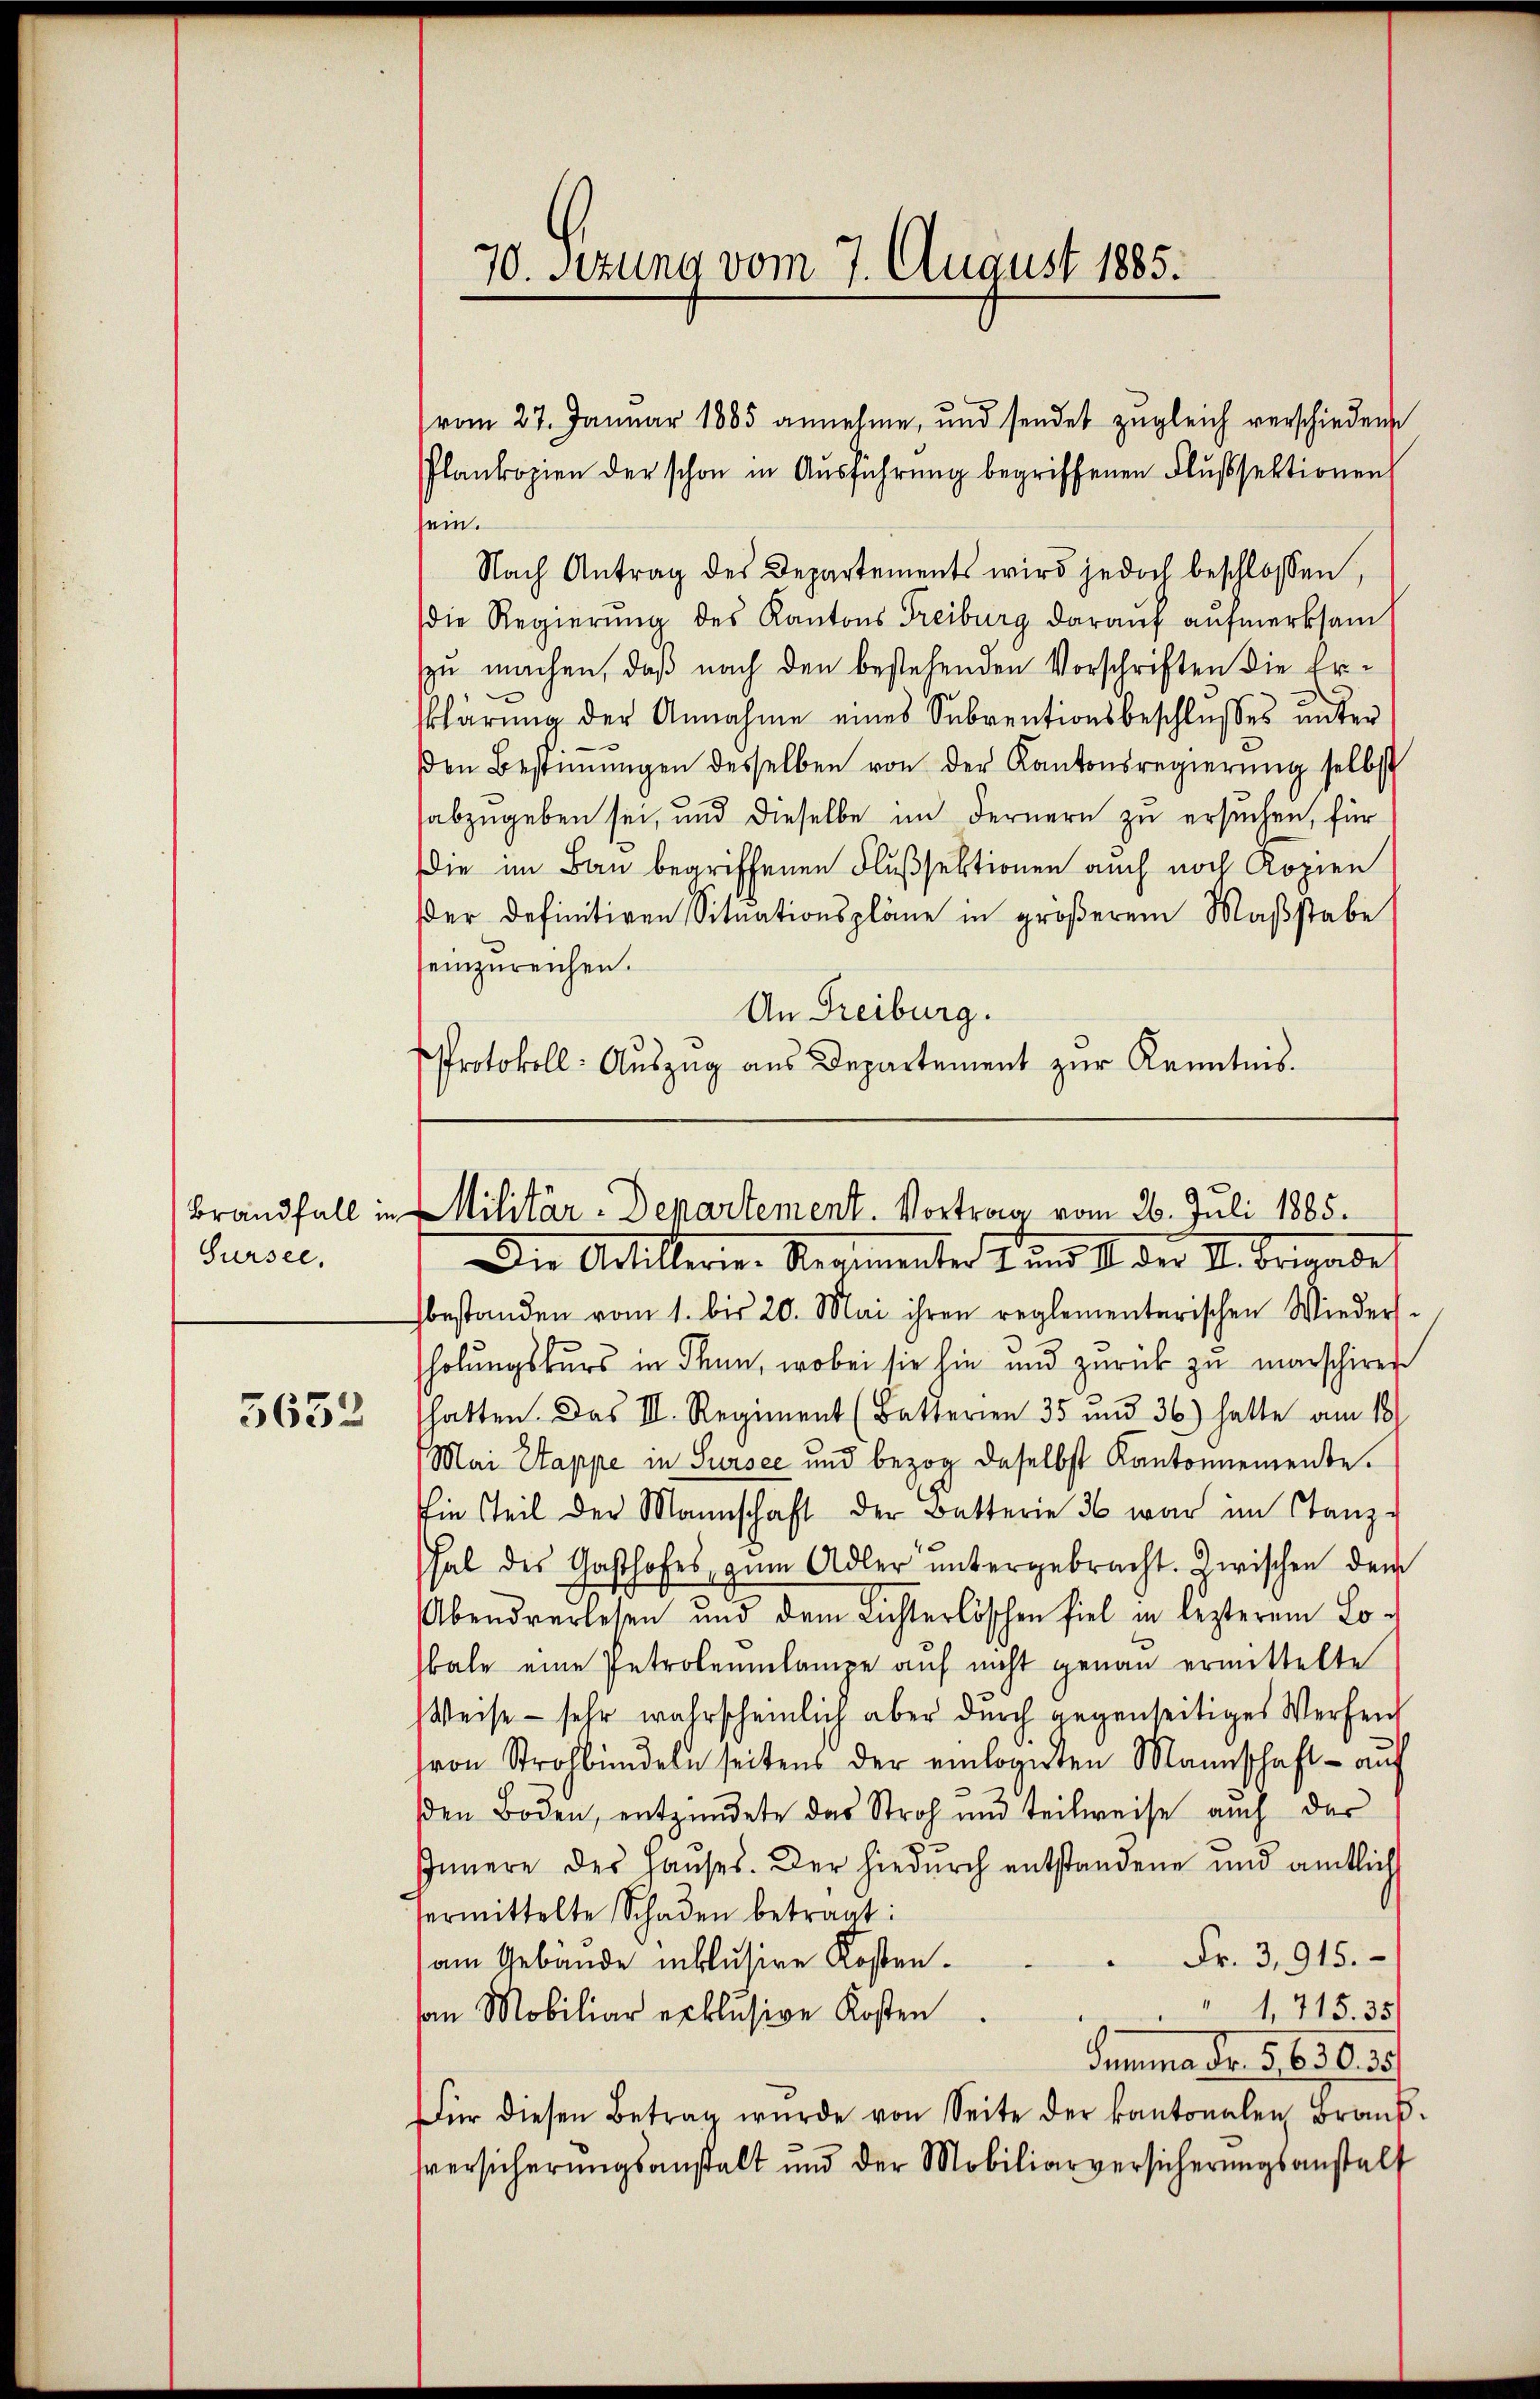
Sursee,

5652

vom 27. Januar 1885 annehme, und sendet zŭgleich verschieden
Plankopien der schon in Ausführung begriffenen Flußsektionen
sein.
Nach Antrag des Departements wird jedoch beschlossen,
die Regierung des Kantons Treiburg darauf aufmerksam
zu machen, daß nach den bestehenden Vorschriften die Erklärung der Annahme eines Subventionsbeschlusses unter
sen Bestimmungen desselben von der Kantonsregierung selbst
abzugeben sei, und dieselbe im Fernern zu ersuchen, für
die im Bau begriffenen Flußsektionen auch noch Kopien
der Definitiven Situationspläne in größerem Maßstabe
seinzureichen.
An Freiburg.
Protokoll: Auszug aus Departement zur Kenntnis.

70. Sezung vom 7. August 1885.

Brandfall in Militär-Departement. Vortrag vom 26. Juli 1885.
Die Artillerie-Regimenter Bund d. der I. Beigabef

bestanden vom 1. bis 20. Mai ihren reglementarischen Wiedersholungskurs in Thun, wobei sie hie und zurück zu marschiren
hatten. Das III. Regiment (Butterien 35 und 36) hatte am 10.
Mai Stappe in Sursee und bezog daselbst Kantonnemente.
Die Teil der Mannschaft der Betterie 36 war im Stanz-
hal des Gasthofes, zum Adler ŭntergebracht. Zwischen dem
Abend verlesen und dem Lichterlöschen fiel in lezterem Lo-
bale eine Petroleumlampe auf nicht genau ermittelte
Weise - sehr wahrscheinlich aber durch gegenseitiges Werfeich
von Strohbündeln seitens der einlogerten Mannschaft - auf
βen Boden, entzündete das Stroh und teilweise auch der
Innere des Haŭses. Der hiedŭrch entstandene und amtlich
ermittelte Schaden betragt:
Fr. 3,915.
am Gebäude inklusire Kosten.
" 1,715. 35
on Mobiliar exklusive Kosten
Semina Fr. 5. 6. d. 2
Für diesen Betrag wurde von Seite der kantonalen Brand-
sversicherungsanstalt und der Mobiliarversicherungsanstalf